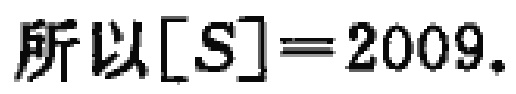
所以\([S]=2009\).